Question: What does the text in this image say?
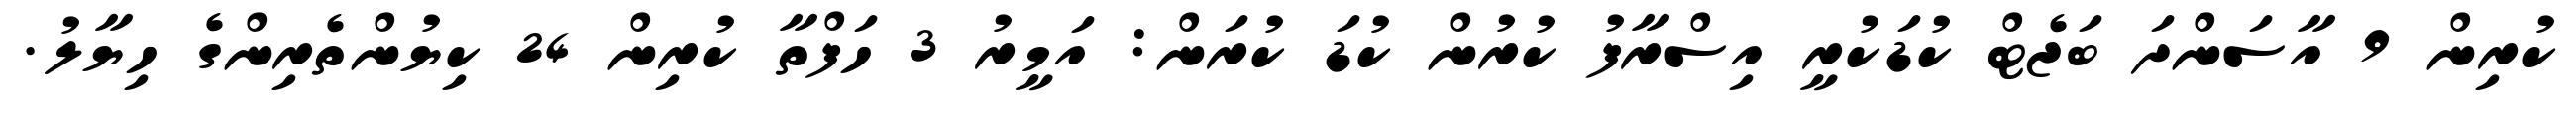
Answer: ކުރިން 9 އާސަންދަ ބަޖެޓް ކުޑަކުރީ އިސްރާފު ކުރުން ކުޑަ ކުރަން: އަމީރު 3 ހަފްތާ ކުރިން 24 ކިޔުންތެރިންގެ ހިޔާލު.